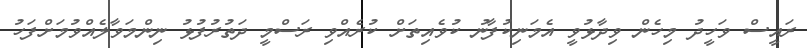
ރައީސް ވަހީދު މިހެން ވިދާޅުވީ އެމަނިކުފާނު ކުވެއިތަށް ކުރެއްވި ރަސްމީ ދަތުރުފުޅު ނިންމަވާލެއްވުމަށްފަހު